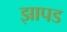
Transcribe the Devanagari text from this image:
झापड